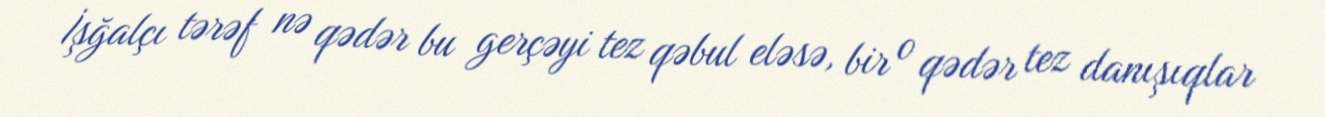
İşğalçı tərəf nə qədər bu gerçəyi tez qəbul eləsə, bir o qədər tez danışıqlar